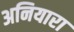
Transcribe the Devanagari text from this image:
अनियारा